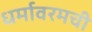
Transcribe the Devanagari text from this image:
धर्मावरमची